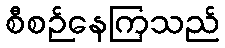
စီစဉ်နေကြသည်